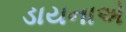
ડાયનાએ